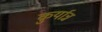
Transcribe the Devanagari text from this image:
कुर्यान्न